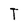
Character: T